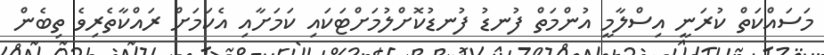
މަސައްކަތް ކުރަނީ އިސްލާމީ އުންމަތް ފުނޑު ފުނޑުކޮށްލުމަށްޓަކައި ކަމަށާއި އެކަމަށް ރައްކާތެރިވެ ތިބެން